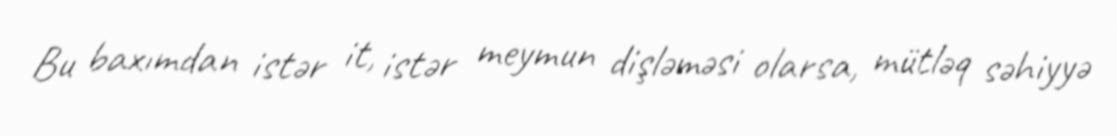
Bu baxımdan istər it, istər meymun dişləməsi olarsa, mütləq səhiyyə